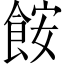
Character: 𫗒